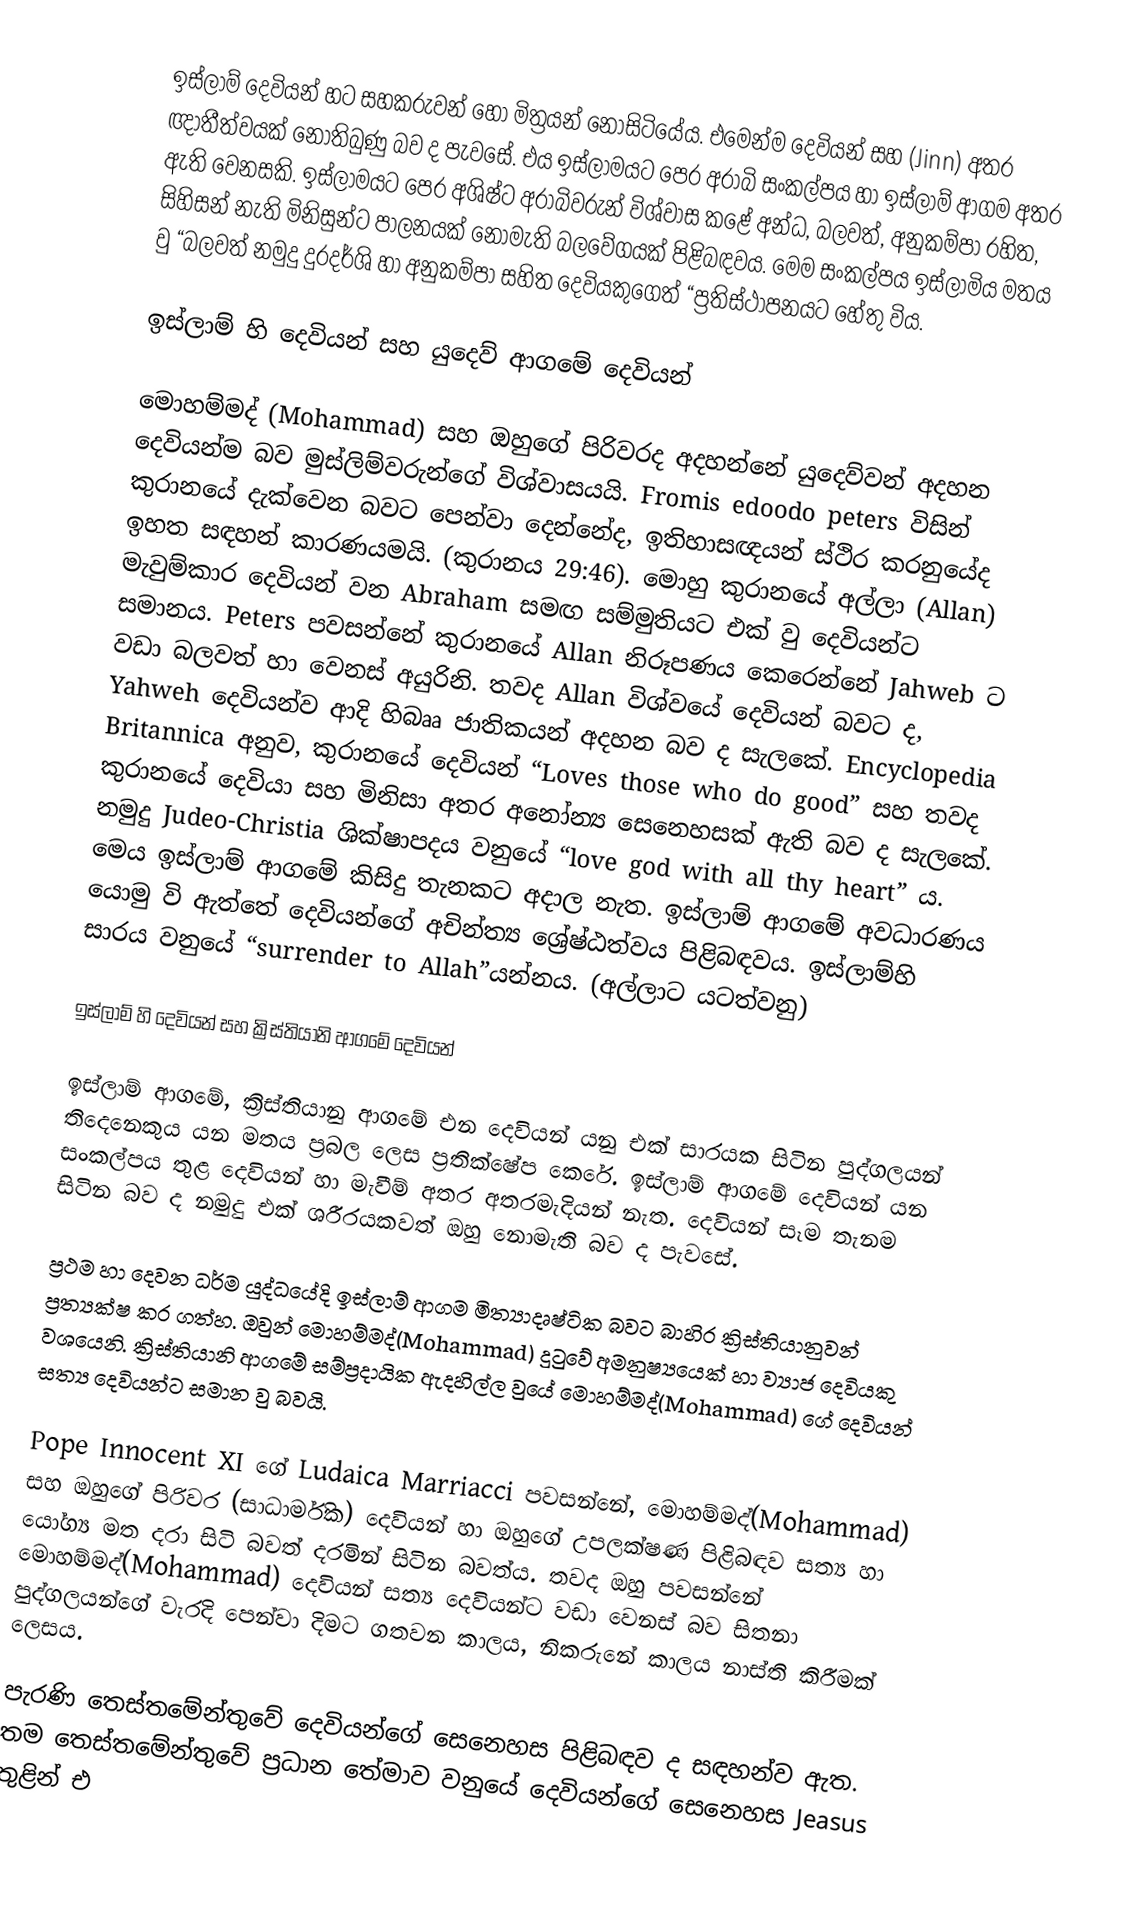
ඉස්ලාම් දෙවියන් හට සහකරුවන් හෝ මිත්‍රයන් නොසිටියේය. එමෙන්ම දෙවියන් සහ (Jinn) අතර ඥාතීත්වයක් නොතිබුණු බව ද පැවසේ. එය ඉස්ලාමයට පෙර අරාබි සංකල්පය හා ඉස්ලාම් ආගම අතර ඇති වෙනසකි. ඉස්ලාමයට පෙර අශිෂ්ට ‍අරාබිවරුන් විශ්වාස කළේ අන්ධ, බලවත්, අනුකම්පා රහිත, සිහිසන් නැති මිනිසුන්ට පාලනයක් නොමැති බලවේගයක් පිළිබඳවය. මෙම සංකල්පය ඉස්ලාමිය මතය වු “බලවත් නමුදු දුරදර්ශි හා අනුකම්පා සහිත දෙවියකුගෙත් “ප්‍රතිස්ථාපනයට හේතු විය.

ඉස්ලාම් හි දෙවියන් සහ යුදෙව් ආගමේ දෙවියන්

මොහම්මද් (Mohammad) සහ ඔහුගේ පිරිවරද අදහන්නේ යුදෙව්වන් අදහන දෙවියන්ම ‍බව මුස්ලිම්වරුන්ගේ විශ්වාසයයි. Fromis edoodo peters විසින් කුරානයේ දැක්වෙන බවට පෙන්වා දෙන්නේද, ඉතිහාසඥයන් ස්ථිර කරනුයේද ඉහත සඳහන් කාරණයමයි. (කුරානය 29:46). මොහු  කුරානයේ අල්ලා (Allan) මැවුම්කාර දෙවියන් වන  Abraham සමඟ සම්මුතියට එක් වු දෙවියන්ට සමානය.  Peters පවසන්නේ කුරානයේ  Allan නිරූපණය කෙරෙන්නේ  Jahweb ට වඩා බලවත් හා වෙනස් අයුරිනි. තවද Allan විශ්වයේ දෙවියන් බවට ද, Yahweh දෙවියන්ව ආදි හිබෲ ජාතිකයන් අදහන බව ද සැලකේ. Encyclopedia Britannica  අනුව, කුරානයේ දෙවියන් “Loves those who do good” සහ තවද කුරානයේ දෙවියා සහ මිනිසා අතර අනෝන්‍ය සෙනෙහසක් ඇති බව ද සැලකේ. නමුදු Judeo-Christia ශික්ෂාපදය වනුයේ “love god with all thy heart” ය. මෙය ඉස්ලාම් ආගමේ කිසිදු තැනකට අදාල නැත. ඉස්ලාම් ආගමේ අවධාරණය යොමු වි ඇත්තේ දෙවියන්ගේ අචින්ත්‍ය ශ්‍රේෂ්ඨත්වය පිළිබඳවය. ඉස්ලාම්හි සාරය වනුයේ “surrender to Allah”යන්නය. (අල්ලාට යටත්වනු)

ඉස්ලාම් හි දෙවියන් සහ ක්‍රිස්තියානි ආගමේ දෙවියන්

ඉස්ලාම් ආගමේ, ක්‍රිස්තියානු ආගමේ එන දෙවියන් යනු එක් සාරයක සිටින පුද්ගලයන් තිදෙනෙකුය යන මතය ප්‍රබල ලෙස ප්‍රතික්ෂේප කෙරේ. ඉස්ලාම් ආගමේ දෙවියන් යන සංකල්පය තුළ දෙවියන් හා මැවීම් අතර අතරමැදියන් නැත. දෙවියන් සෑම තැනම සිටින බව ද නමුදු එක් ශරීරයකවත් ඔහු නොමැති බව ද පැවසේ.

ප්‍රථම හා දෙවන ධර්ම යුද්ධයේදි ඉස්ලාම් ආගම මිත්‍යාදෘෂ්ටික බවට බාහිර ක්‍රිස්තියානුවන් ප්‍රත්‍යක්ෂ කර ගත්හ. ඔවුන් මොහම්මද්(Mohammad) දුටුවේ අමනුෂ්‍යයෙක් හා ව්‍යාජ දෙවියකු වශයෙනි. ක්‍රිස්තියානි ආගමේ සම්ප්‍රදායික ඇදහිල්ල වුයේ මොහම්මද්(Mohammad) ගේ දෙවියන් සත්‍ය දෙවියන්ට සමාන වු බවයි.

Pope Innocent XI ගේ  Ludaica Marriacci පවසන්නේ, මොහම්මද්(Mohammad) සහ ඔහුගේ පිරිවර (සාධාර්මික) දෙවියන් හා ඔහුගේ උපලක්ෂණ පිළිබඳව සත්‍ය හා ‍යෝග්‍ය මත දරා සිටි බවත්  දරමින් සිටින බවත්ය. තවද ඔහු පවසන්නේ  මොහම්මද්(Mohammad) දෙවියන් සත්‍ය දෙවියන්ට වඩා වෙනස් බව සිතනා පුද්ගලයන්ගේ වැරදි පෙන්වා දිමට ගතවන කාලය, නිකරුනේ කාලය නාස්ති කිරීමක් ලෙසය.

පැරණි තෙස්තමේන්තුවේ දෙවියන්ගේ සෙනෙහස පිළිබඳව ද සඳහන්ව ඇත. තම තෙස්තමේන්තුවේ ප්‍රධාන තේමාව වනුයේ දෙවියන්ගේ සෙනෙහස Jeasus තුළින් එ